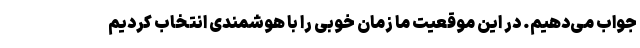
جواب می‌دهیم. در این موقعیت ما زمان خوبی را با هوشمندی انتخاب کردیم